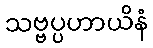
သဗ္ဗပ္ပဟာယိနံ